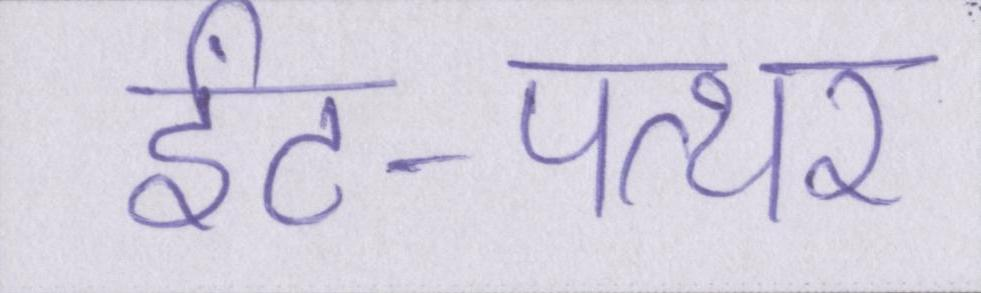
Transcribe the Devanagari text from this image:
ईंट-पत्थर